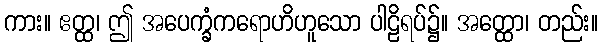
ကား။ ဧတ္ထ၊ ဤ အပေက္ခံကရောဟိဟူသော ပါဠိရပ်၌။ အတ္ထော၊ တည်း။